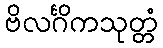
ဗိလင်္ဂိကသုတ္တံ